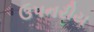
ઉપનરીય